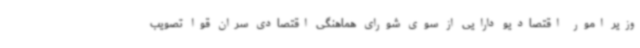
وزیر امور اقتصادیو دارایی از سوی شورای هماهنگی اقتصادی سران قوا تصویب